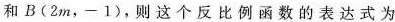
和B(2m，-1)，则这个反比例函数的表达式为